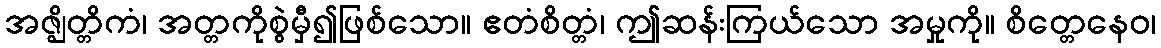
အဇ္ဈိတ္တိကံ၊ အတ္တကိုစွဲမှီ၍ဖြစ်သော။ ဧတံစိတ္တံ၊ ဤဆန်းကြယ်သော အမှုကို။ စိတ္တေနေဝ၊